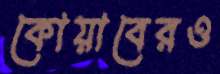
কোয়াবেরও